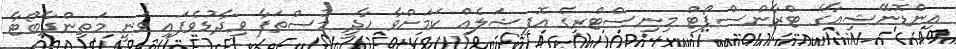
އިންޑޮނޭޝިއާގެ ޓްރާންސްޕޯޓް މިނިސްޓްރީގެ އޮފިޝަލެއް ކަމަށްވާ ހާދީ މުސްތަފާ ވިދާޅުވެފައި ވަނީ މަތިންދާބޯޓާ